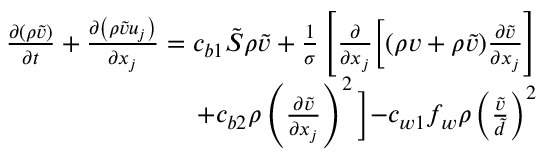
\begin{array} { r } { \frac { \partial ( \rho \tilde { v } ) } { \partial t } + \frac { \partial \left( \rho \tilde { v } u _ { j } \right) } { \partial x _ { j } } = c _ { b 1 } \tilde { S } \rho \tilde { v } + \frac { 1 } { \sigma } \left[ \frac { \partial } { \partial x _ { j } } \biggl [ ( \rho v + \rho \tilde { v } ) \frac { \partial \tilde { v } } { \partial x _ { j } } \right] } \\ { + c _ { b 2 } \rho \left( \frac { \partial \tilde { v } } { \partial x _ { j } } \right) ^ { 2 } \biggl ] - c _ { w 1 } f _ { w } \rho \left( \frac { \tilde { v } } { \tilde { d } } \right) ^ { 2 } } \end{array}